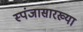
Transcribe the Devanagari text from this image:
स्पंजासारख्या